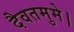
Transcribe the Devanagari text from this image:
दैवतमुमे।